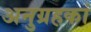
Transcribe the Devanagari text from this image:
अनुग्रहकां